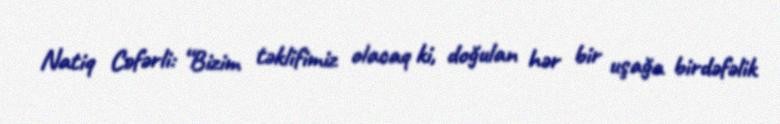
Natiq Cəfərli: “Bizim təklifimiz olacaq ki, doğulan hər bir uşağa birdəfəlik